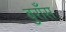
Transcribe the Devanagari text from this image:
बुराँस